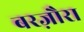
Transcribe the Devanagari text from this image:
बरज़ौरा